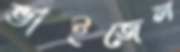
ভাইজেল